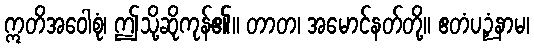
ဣတိအဝေါစုံ၊ ဤသို့ဆိုကုန်၏။ တာတ၊ အမောင်နတ်တို့။ ဧတံပဉှံနာမ၊